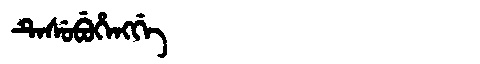
Manchu: ᡨᡝᠰᡠᠪᡠᡥᡝᠩᡤᡝ
Romanization: TESUBUHENGGE